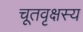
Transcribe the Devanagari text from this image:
चूतवृक्षस्य